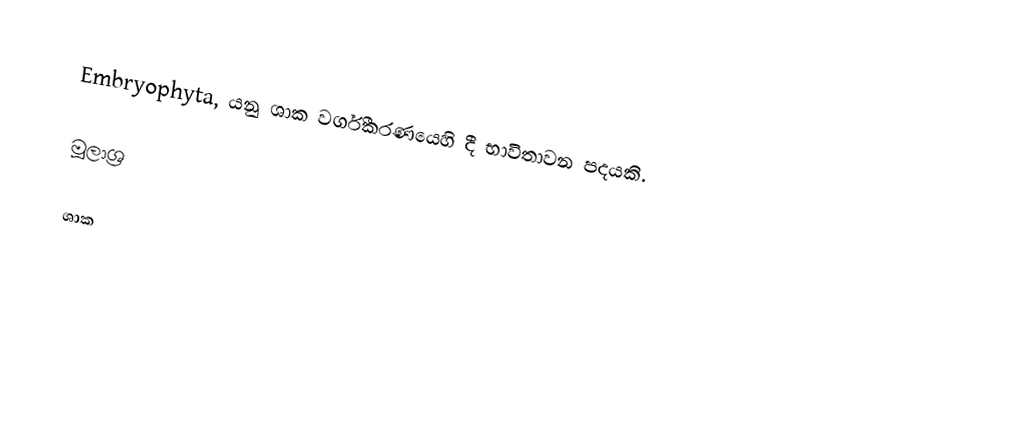
Embryophyta, යනු ශාක වර්ගීකරණයෙහි දී භාවිතාවන පදයකි.

මූලාශ්‍ර

ශාක